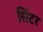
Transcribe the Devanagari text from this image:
सिंटर